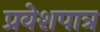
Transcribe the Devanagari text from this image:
प्रवेशपात्र